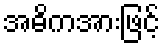
အဓိကအားဖြင့်